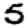
Digit: 5